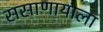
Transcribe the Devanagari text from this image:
ससाणायाला